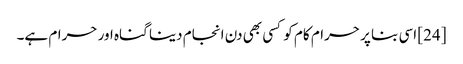
[24] اسی بنا پر حرام کام کو کسی بھی دن انجام دینا گناہ اور حرام ہے۔